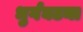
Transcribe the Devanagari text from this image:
धुर्गघटना